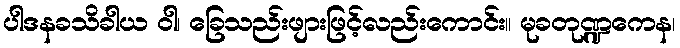
ပါဒနခသိခါယ ဝါ၊ ခြေသည်းဖျားဖြင့်လည်းကောင်း။ မုခတုဏ္ဍကေန၊